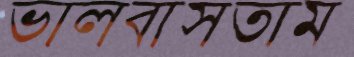
ভালবাসতাম